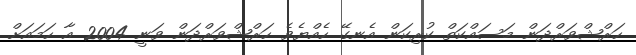
ހަރްޝްވަރްދަން މަސައްކަތް ކުރިކަން އެނގޭ ހެއްޔެވެ ހަރްޝްވަރްދަން ވަނީ 2004 އާ ހަމައަށް